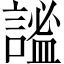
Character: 謐